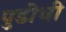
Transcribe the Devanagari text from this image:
पुडीची